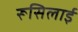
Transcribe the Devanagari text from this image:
रूसिलाई